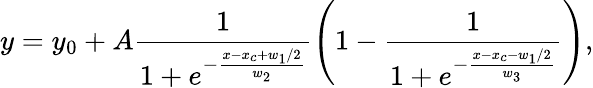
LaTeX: y=y_{0}+A\frac{1}{1+e^{-\frac{x-x_{c}+w_{1}/2}{w_{2}}}}\left(1-\frac{1}{1+e^{-\frac{x-x_{c}-w_{1}/2}{w_{3}}}}\right),